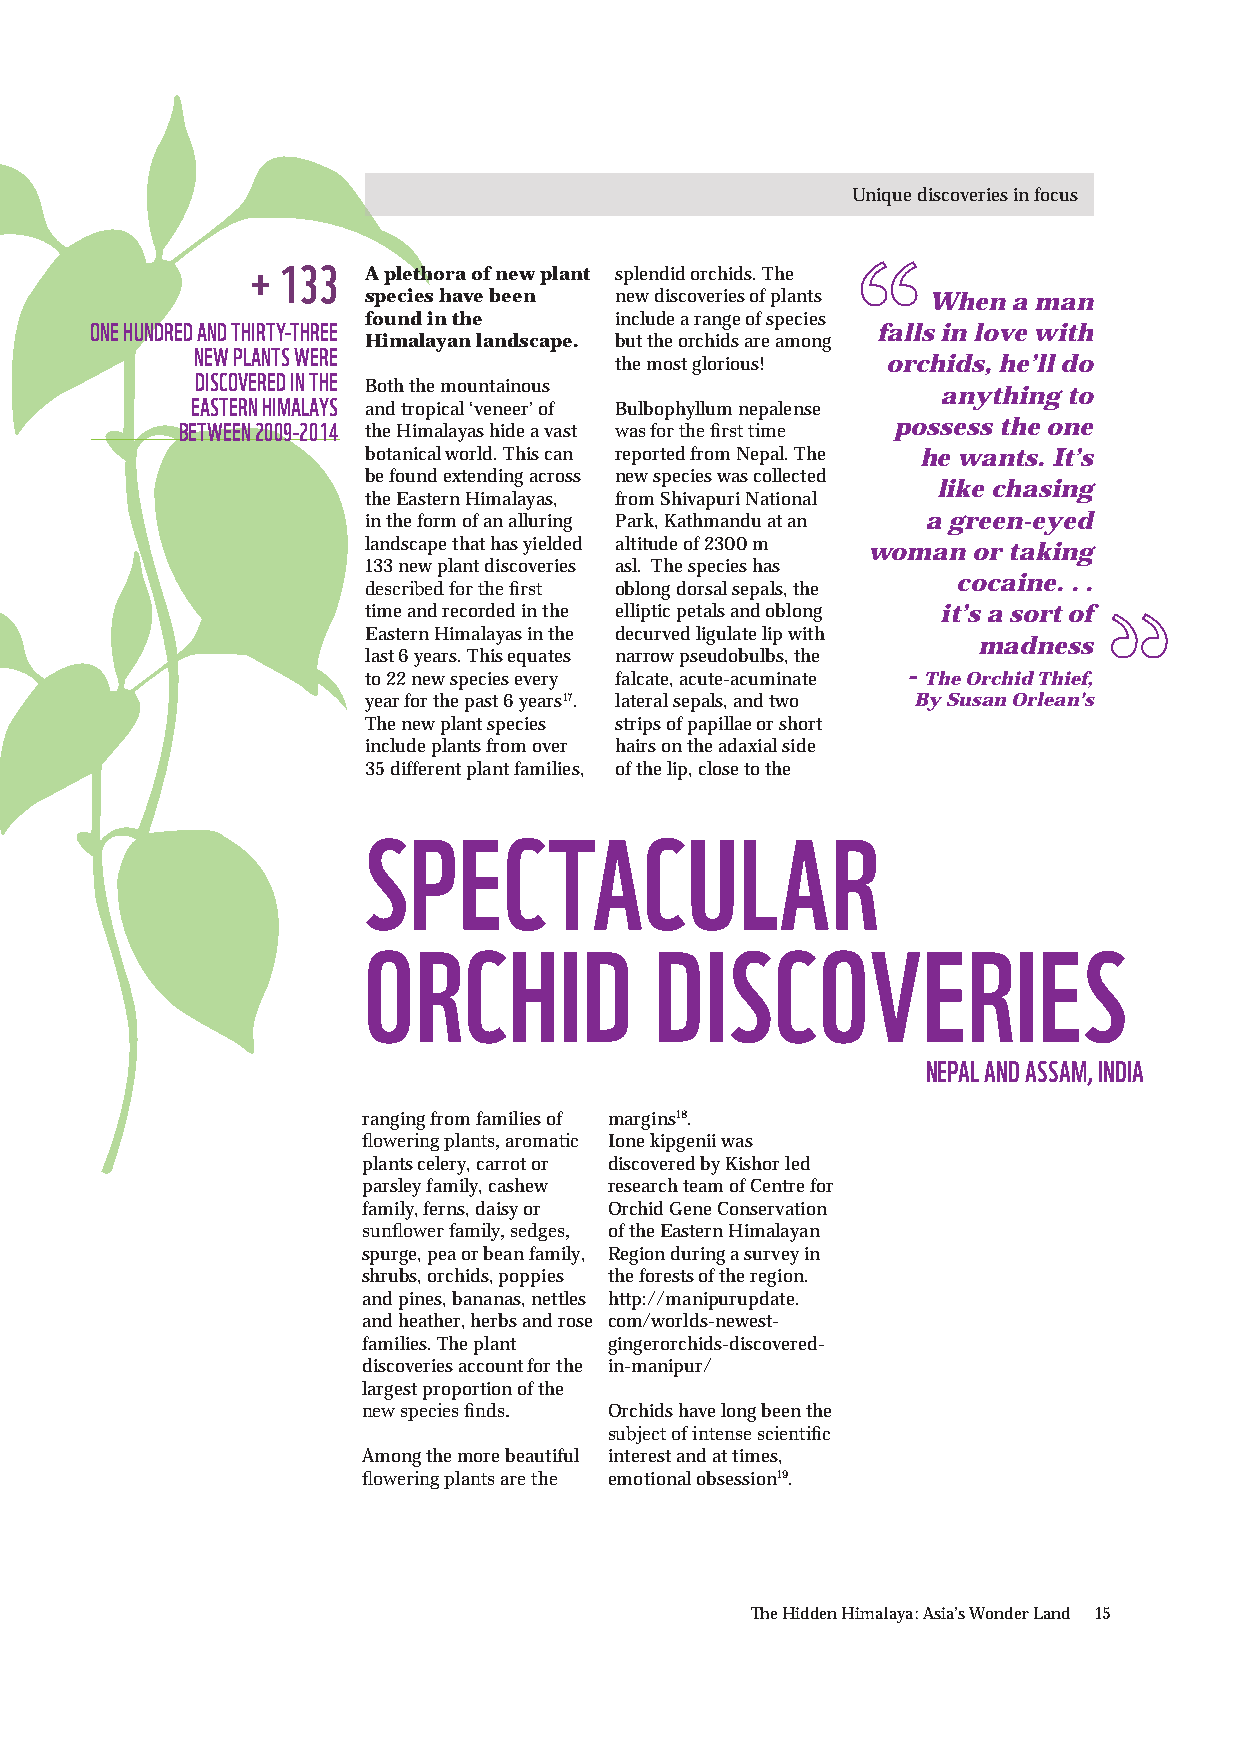
Unique discoveries in focus
 + 133  A plethora of new plant splendid orchids. The
 species have been new discoveries of plants When a man
 found in the     include a range of species
 ONE HUNDRED AND THIRTY-THREE                        falls in love with
 Himalayan landscape. but the orchids are among
 NEW PLANTS WERE
 the most glorious! orchids, he’ll do
 DISCOVERED IN THE
 Both the mountainous
 anything to
 EASTERN HIMALAYS and tropical ‘veneer’ of Bulbophyllum nepalense
 BETWEEN 2009-2014 the Himalayas hide a vast was for the first time possess the one
 botanical world. This can reported from Nepal. The he wants. It’s
 be found extending across new species was collected
 like chasing
 the Eastern Himalayas, from Shivapuri National
 in the form of an alluring Park, Kathmandu at an a green-eyed
 landscape that has yielded altitude of 2300 m woman or taking
 133 new plant discoveries asl. The species has
 cocaine. . .
 described for the first oblong dorsal sepals, the
 time and recorded in the elliptic petals and oblong it’s a sort of
 Eastern Himalayas in the decurved ligulate lip with
 madness
 last 6 years. This equates narrow pseudobulbs, the
 -
 to 22 new species every falcate, acute-acuminate The Orchid Thief,
 year for the past 6 years17. lateral sepals, and two By Susan Orlean’s
 The new plant species strips of papillae or short
 include plants from over hairs on the adaxial side
 35 different plant families, of the lip, close to the
 SPECTACULAR
 ORCHID             DISCOVERIES
 NEPAL AND ASSAM, INDIA
 ranging from families of margins18.
 flowering plants, aromatic Ione kipgenii was
 plants celery, carrot or discovered by Kishor led
 parsley family, cashew research team of Centre for
 family, ferns, daisy or Orchid Gene Conservation
 sunflower family, sedges, of the Eastern Himalayan
 spurge, pea or bean family, Region during a survey in
 shrubs, orchids, poppies the forests of the region.
 and pines, bananas, nettles http://manipurupdate.
 and heather, herbs and rose com/worlds-newest-
 families. The plant gingerorchids-discovered-
 discoveries account for the in-manipur/
 largest proportion of the
 new species finds. Orchids have long been the
 subject of intense scientific
 Among the more beautiful interest and at times,
 flowering plants are the emotional obsession19.
 The Hidden Himalaya: Asia’s Wonder Land 15